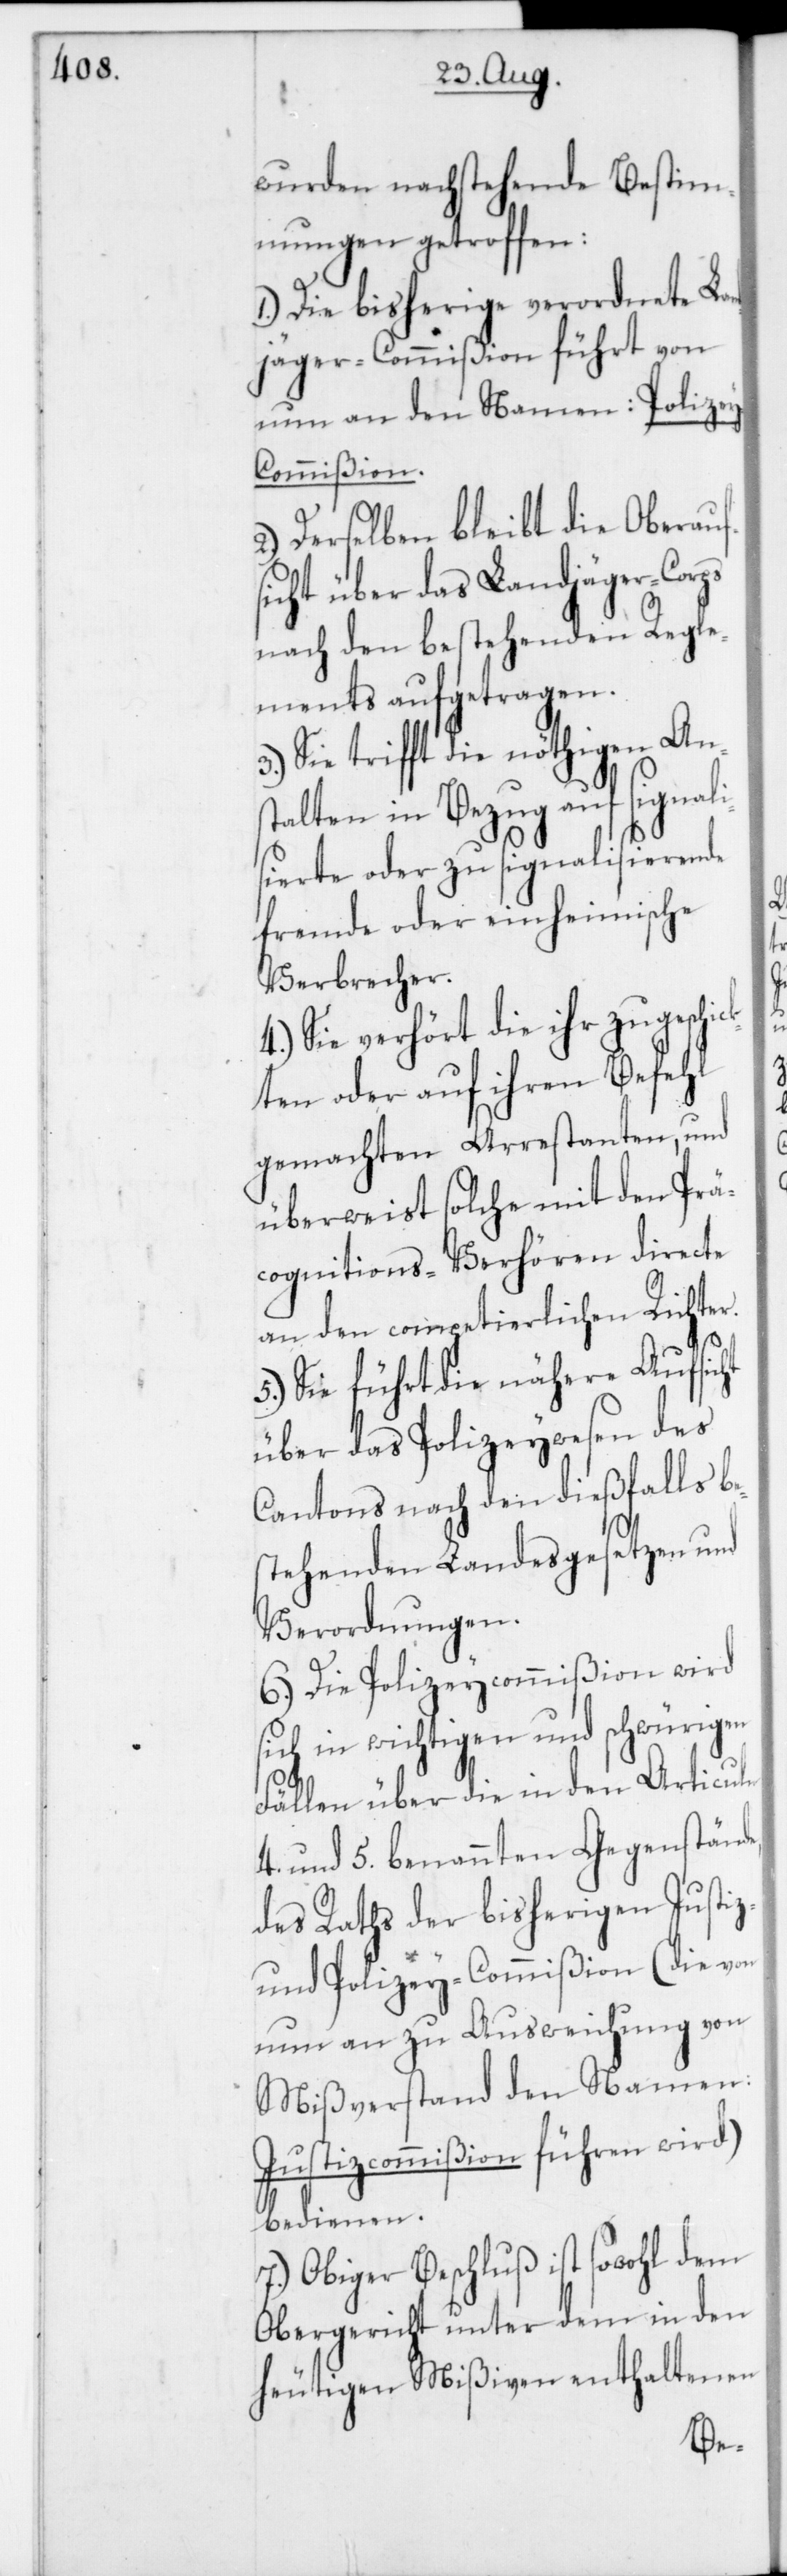
wurden nachstehende Bestim¬
mungen getroffen:
1. Die bisherige verordnete Lan¬
djäger-Commißion führt von
nun an den Namen: Polize¬
y-Commißion.
2. Derselben bleibt die Oberauf¬
sicht über das Landjäger-Corps
nach den bestehenden Regle¬
ments aufgetragen.
3. Sie trifft die nöthigen Ans¬
talten in Bezug auf signali¬
sierte oder zu signalisierende
fremde oder einheimische
Verbrecher.
4. Sie verhört die ihr zugeschi¬
ckten oder auf ihren Befehl
gemachten Arrestanten, und
überweist solche mit den Prä¬
cognitions-Verhören directe
an den competierlichen Richter.
5. Sie führt die nähere Aufsicht
über das Polizeywesen des
Cantons nach den dießfalls b¬
estehenden Landesgesetzen und
Verordnungen.
6. Die Polizeycommißion wird
sich in wichtigen und schwürigen
Fällen über die in den Articuln
4. und 5. benannten Gegenstände,
des Raths der bisherigen Justiz-
und Polizey-Commißion (die von
nun an zu Ausweichung von
Mißverstand den Namen:
Justizcommißion führen wird)
bedienen.
7. Obiger Beschluß ist sowohl dem
Obergericht unter dem in den
heutigen Mißiven enthaltenen